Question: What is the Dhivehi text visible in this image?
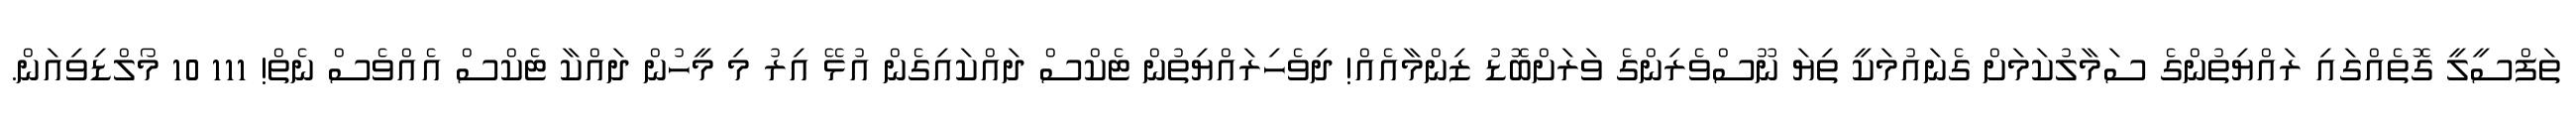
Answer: ތަފްސީލީ ގޮތެއްގައި ރައްޔިތުންގެ ސަމާލުކަމަށް ގެނައުމަކީ ތިޔަ ނޫސްވެރިންގެ ވަރަށްބޮޑު ޒިންމާއެއް! ދިވެހިރައްޔިތުން ޓެކްސް ދައްކައިގެން އުޅޭ އިރު މި މީހުން ދައްކާ ޓެކްސް އެއްވެސް ނެތް! 111 10 މޯލްޑިވިއަން.